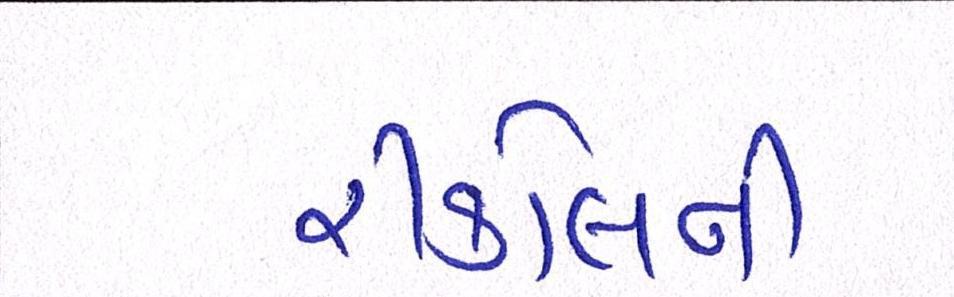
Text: રિકોલની